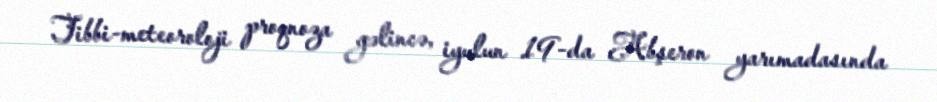
Tibbi-meteoroloji proqnoza gəlincə, iyulun 19-da Abşeron yarımadasında